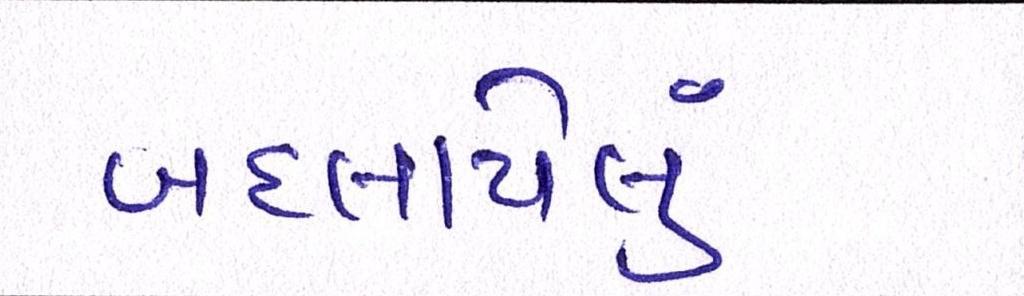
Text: બદલાયેલું